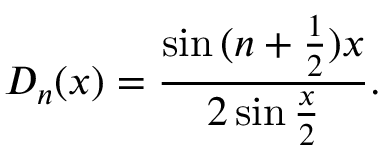
D _ { n } ( x ) = \frac { \sin { ( n + \frac { 1 } { 2 } ) x } } { 2 \sin { \frac { x } { 2 } } } .